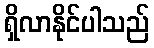
ရှိလာနိုင်ပါသည်